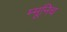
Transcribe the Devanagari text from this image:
म्मूनिच